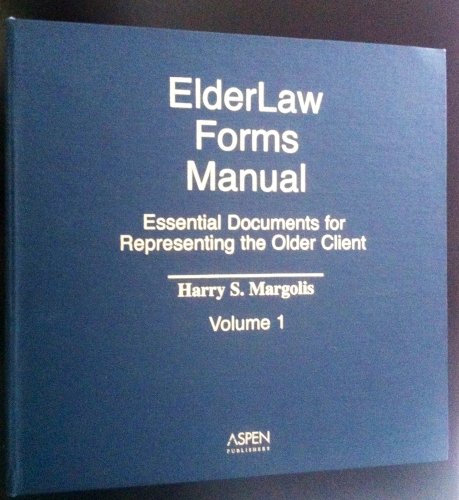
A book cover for Elder Law Forms Manual: Essential Documents for Representing the Older Client (2 vol. set); Esq, Harry Margolis; Law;